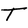
Character: T